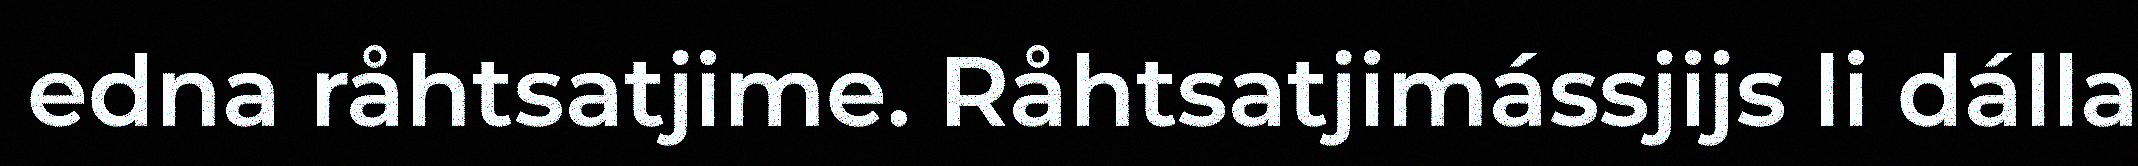
edna råhtsatjime. Råhtsatjimássjijs li dálla